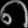
Digit: ၈